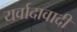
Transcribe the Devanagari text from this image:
यर्वादावादी